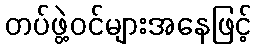
တပ်ဖွဲ့ဝင်များအနေဖြင့်